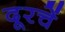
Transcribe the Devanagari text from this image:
दूरचें